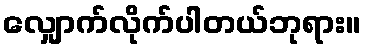
လျှောက်လိုက်ပါတယ်ဘုရား။